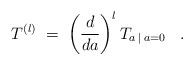
LaTeX: \begin{align*}T^{(l)} \;=\; \left( \frac{d}{da} \right)^l T_{a \:|\: a=0} \;\;\; . \end{align*}